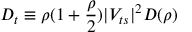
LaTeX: D _ { t } \equiv \rho ( 1 + { \frac { \rho } { 2 } } ) \vert V _ { t s } \vert ^ { 2 } D ( \rho )